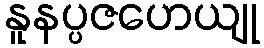
နူနပ္ပဇဟေယျု